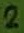
Text: 2